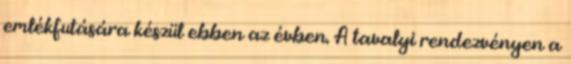
emlékfutására készül ebben az évben. A tavalyi rendezvényen a